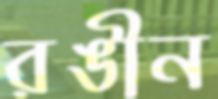
রঙীন